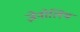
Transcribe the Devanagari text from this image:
ज़ेनोलिथ